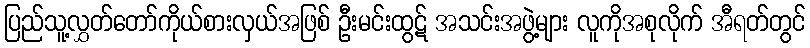
ပြည်သူ့လွှတ်တော်ကိုယ်စားလှယ်အဖြစ် ဦးမင်းထွဋ် အသင်းအဖွဲ့များ လူကိုအစုလိုက် အီရတ်တွင်